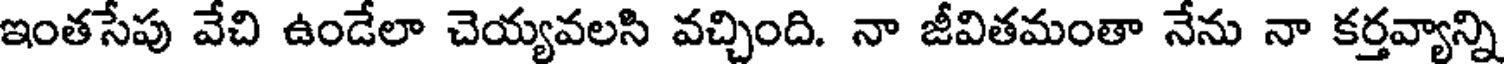
ఇంతసేపు వేచి ఉండేలా చెయ్యవలసి వచ్చింది. నా జీవితమంతా నేను నా కర్తవ్యాన్ని